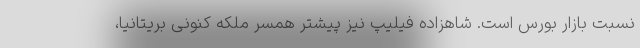
نسبت بازار بورس است. شاهزاده فیلیپ نیز پیشتر همسر ملکه کنونی بریتانیا،